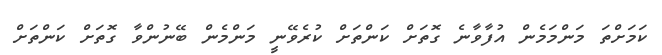
ކަމަށްތަ މަންމަމެން އުފާވާނެ ގޮތަށް ކަންތަށް ކުރެވޭނީ މަންމެން ބޭނުންވާ ގޮތަށް ކަންތަށް